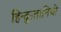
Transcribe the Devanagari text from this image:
हिन्दुस्तानियो